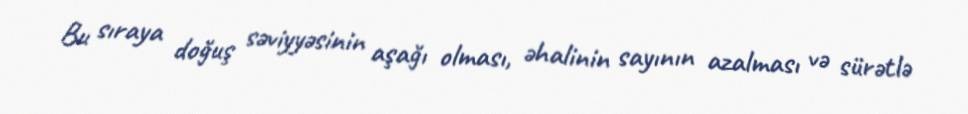
Bu sıraya doğuş səviyyəsinin aşağı olması, əhalinin sayının azalması və sürətlə